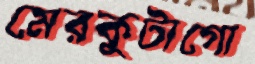
মেরকুটাগো